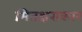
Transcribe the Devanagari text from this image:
मितक्षराकार